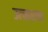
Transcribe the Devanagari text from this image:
उत्चारण